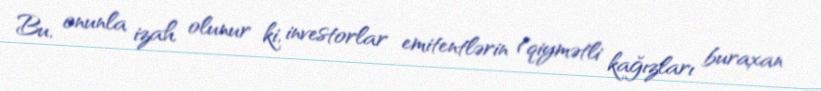
Bu, onunla izah olunur ki, investorlar emitentlərin (qiymətli kağızları buraxan